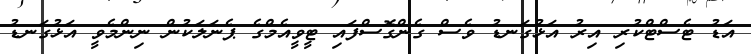
އަޑު ޓެސްޓްކުރި އިރު އަޅުގަނޑު ވެސް ގެންގޮސްފައި ޓީވީއެމްގެ ޕެނަލަކުން ނިންމެވީ އަޅުގަނޑު